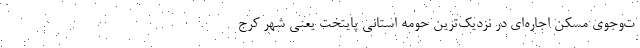
ت‌وجوی مسکن اجاره‌‌ای در نزدیک‌ترین حومه استانی پایتخت یعنی شهر کرج